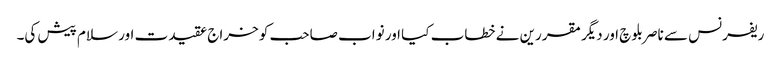
ریفرنس سے ناصر بلوچ اور دیگر مقررین نے خطاب کیا اور نواب صاحب کو خراج عقیدت اور سلام پیش کی۔